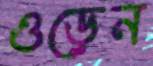
ওড়েন